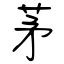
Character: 茅